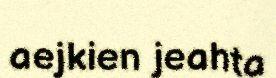
aejkien jeahta